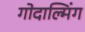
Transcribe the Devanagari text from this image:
गोदाल्मिंग